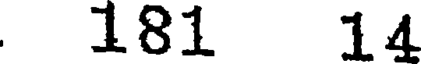
181 14